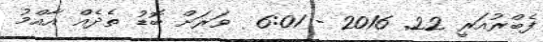
ފެބްރުއަރީ 22